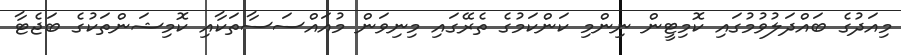
މިއަދުގެ ބައްދަލުވުމުގައި ކޮމިޓީން ނިންމި ކަންކަމުގެ ތެރޭގައި މިނިވަން މުއައްސަސާތަކާއި ކޮމިޝަންތަކުގެ ބަޖެޓާ